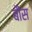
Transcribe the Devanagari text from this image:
बौंस